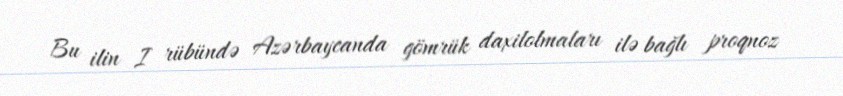
Bu ilin I rübündə Azərbaycanda gömrük daxilolmaları ilə bağlı proqnoz